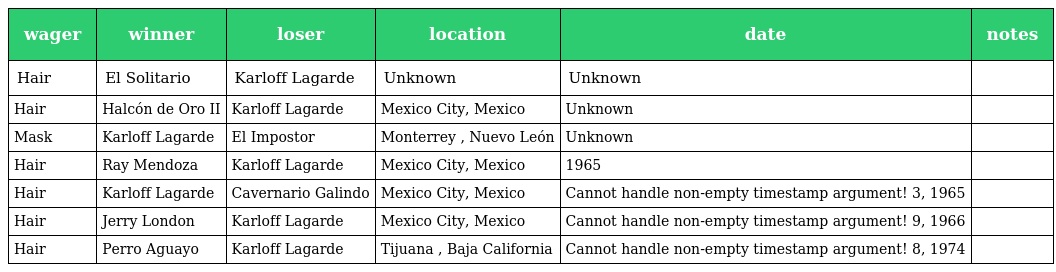
| wager | winner | loser | location | date | notes |
 | --- | --- | --- | --- | --- | --- |
 | Hair | El Solitario | Karloff Lagarde | Unknown | Unknown |  |
 | Hair | Halcón de Oro II | Karloff Lagarde | Mexico City, Mexico | Unknown |  |
 | Mask | Karloff Lagarde | El Impostor | Monterrey , Nuevo León | Unknown |  |
 | Hair | Ray Mendoza | Karloff Lagarde | Mexico City, Mexico | 1965 |  |
 | Hair | Karloff Lagarde | Cavernario Galindo | Mexico City, Mexico | Cannot handle non-empty timestamp argument! 3, 1965 |  |
 | Hair | Jerry London | Karloff Lagarde | Mexico City, Mexico | Cannot handle non-empty timestamp argument! 9, 1966 |  |
 | Hair | Perro Aguayo | Karloff Lagarde | Tijuana , Baja California | Cannot handle non-empty timestamp argument! 8, 1974 |  |